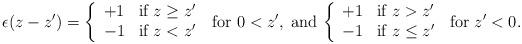
LaTeX: \begin{align*}\epsilon(z-z')=\left\{\begin{array}{ll}+1 & \mbox{if} \ z \ge z' \\-1 & \mbox{if} \ z < z' \end{array}\right. \; \mbox{for}\ 0<z',\; \mbox{and}\,\left\{\begin{array}{ll}+1 & \mbox{if} \ z > z' \\-1 & \mbox{if} \ z \leq z' \end{array}\right. \; \mbox{for}\; z'<0.\end{align*}